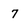
Character: 7